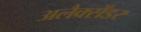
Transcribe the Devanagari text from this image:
अलैक्सेंडर